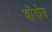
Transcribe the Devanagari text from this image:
बोंगोस